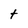
Character: t